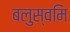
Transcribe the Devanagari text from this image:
बलुस्वमि